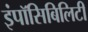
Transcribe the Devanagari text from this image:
इंपॉसिबिलिटी